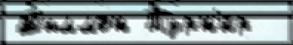
Д'иллон Турн'и́р